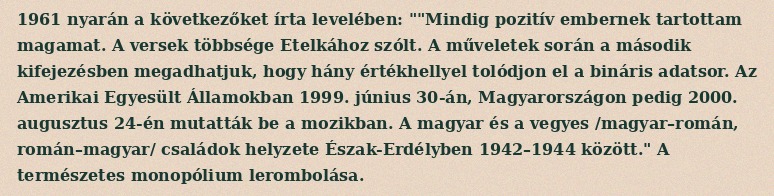
1961 nyarán a következőket írta levelében: ""Mindig pozitív embernek tartottam magamat. A versek többsége Etelkához szólt. A műveletek során a második kifejezésben megadhatjuk, hogy hány értékhellyel tolódjon el a bináris adatsor. Az Amerikai Egyesült Államokban 1999. június 30-án, Magyarországon pedig 2000. augusztus 24-én mutatták be a mozikban. A magyar és a vegyes /magyar–román, román–magyar/ családok helyzete Észak-Erdélyben 1942–1944 között." A természetes monopólium lerombolása.